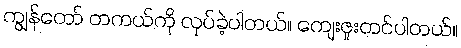
ကျွန်တော် တကယ်ကို လုပ်ခဲ့ပါတယ်။ ကျေးဇူးတင်ပါတယ်။